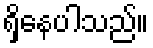
ရှိနေပါသည်။